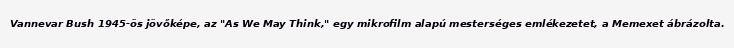
Vannevar Bush 1945-ös jövőképe, az "As We May Think," egy mikrofilm alapú mesterséges emlékezetet, a Memexet ábrázolta.